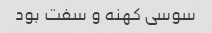
سوسی کهنه و سفت بود